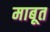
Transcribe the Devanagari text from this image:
माबूत